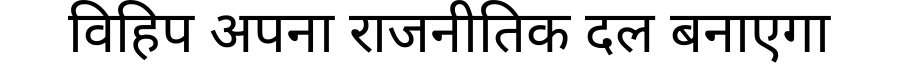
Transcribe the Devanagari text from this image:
विहिप अपना राजनीतिक दल बनाएगा